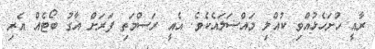
ރާއީ ހުށަހެޅުއްވި ކުއްލި މައްސަލައެކެވެ. އެއީ ރަސްމަތި ފަަރަށް އާގު ބޯޓެއް އެރި